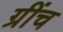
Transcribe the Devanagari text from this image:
ग्रींच